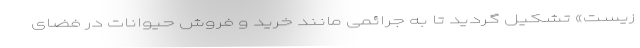
زیست» تشکیل گردید تا به جرائمی مانند خرید و فروش حیوانات در فضای